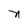
Character: n